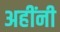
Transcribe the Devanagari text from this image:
अहींनी